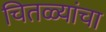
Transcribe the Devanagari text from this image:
चितळ्यांचा